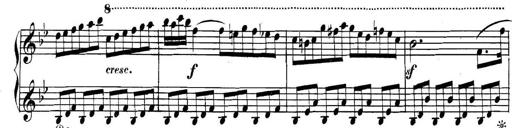
Title: Collected Piano Sonatas
Composer: Muzio Clementi